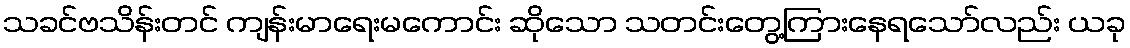
သခင်ဗသိန်းတင် ကျန်းမာရေးမကောင်း ဆိုသော သတင်းတွေ့ကြားနေရသော်လည်း ယခု